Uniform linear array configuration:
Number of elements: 48
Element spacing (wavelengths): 0.25
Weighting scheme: uniform
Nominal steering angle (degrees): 15
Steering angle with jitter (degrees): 13.341
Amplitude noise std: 0.05
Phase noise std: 0.05

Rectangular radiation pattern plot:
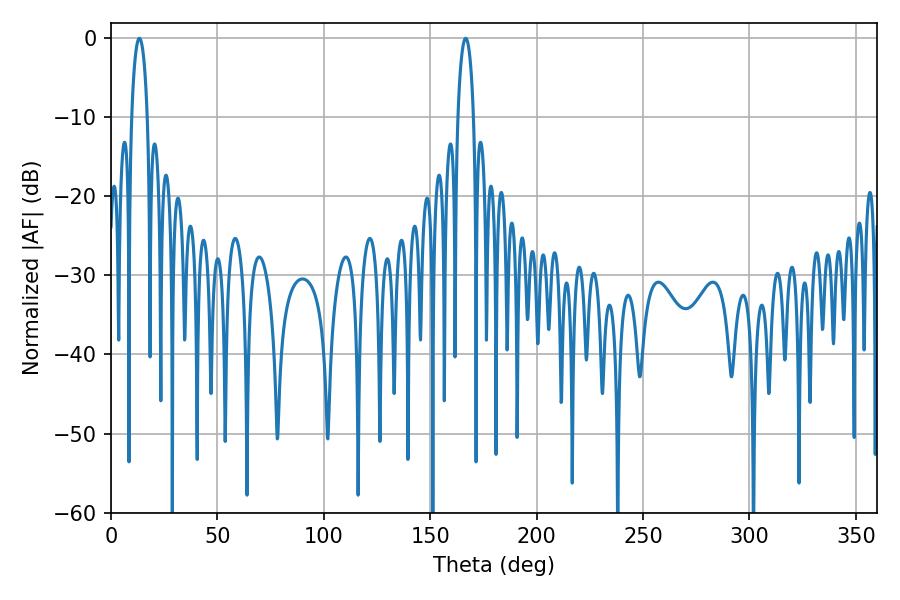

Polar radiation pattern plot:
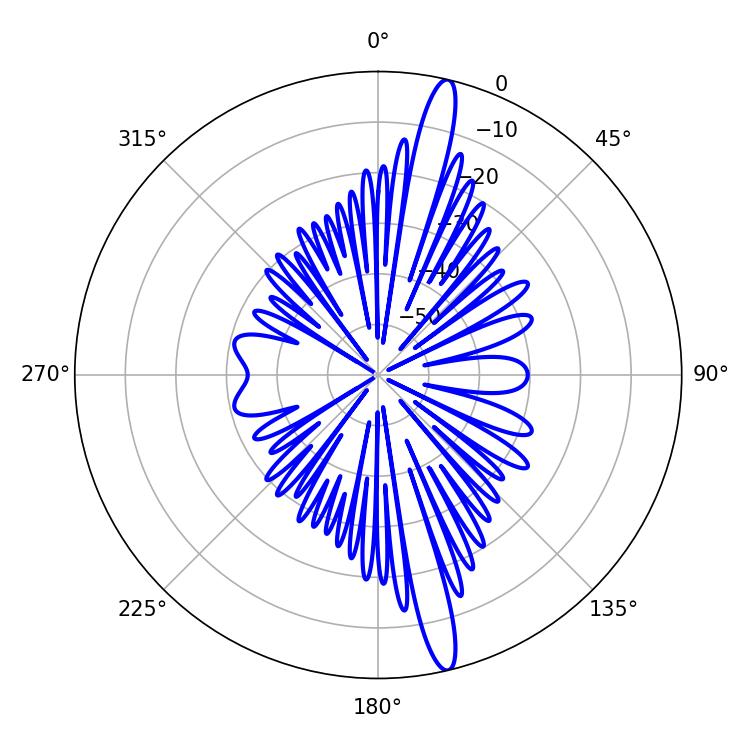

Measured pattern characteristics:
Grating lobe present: FALSE
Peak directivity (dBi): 17.05
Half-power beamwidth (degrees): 4.14
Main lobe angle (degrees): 166.68